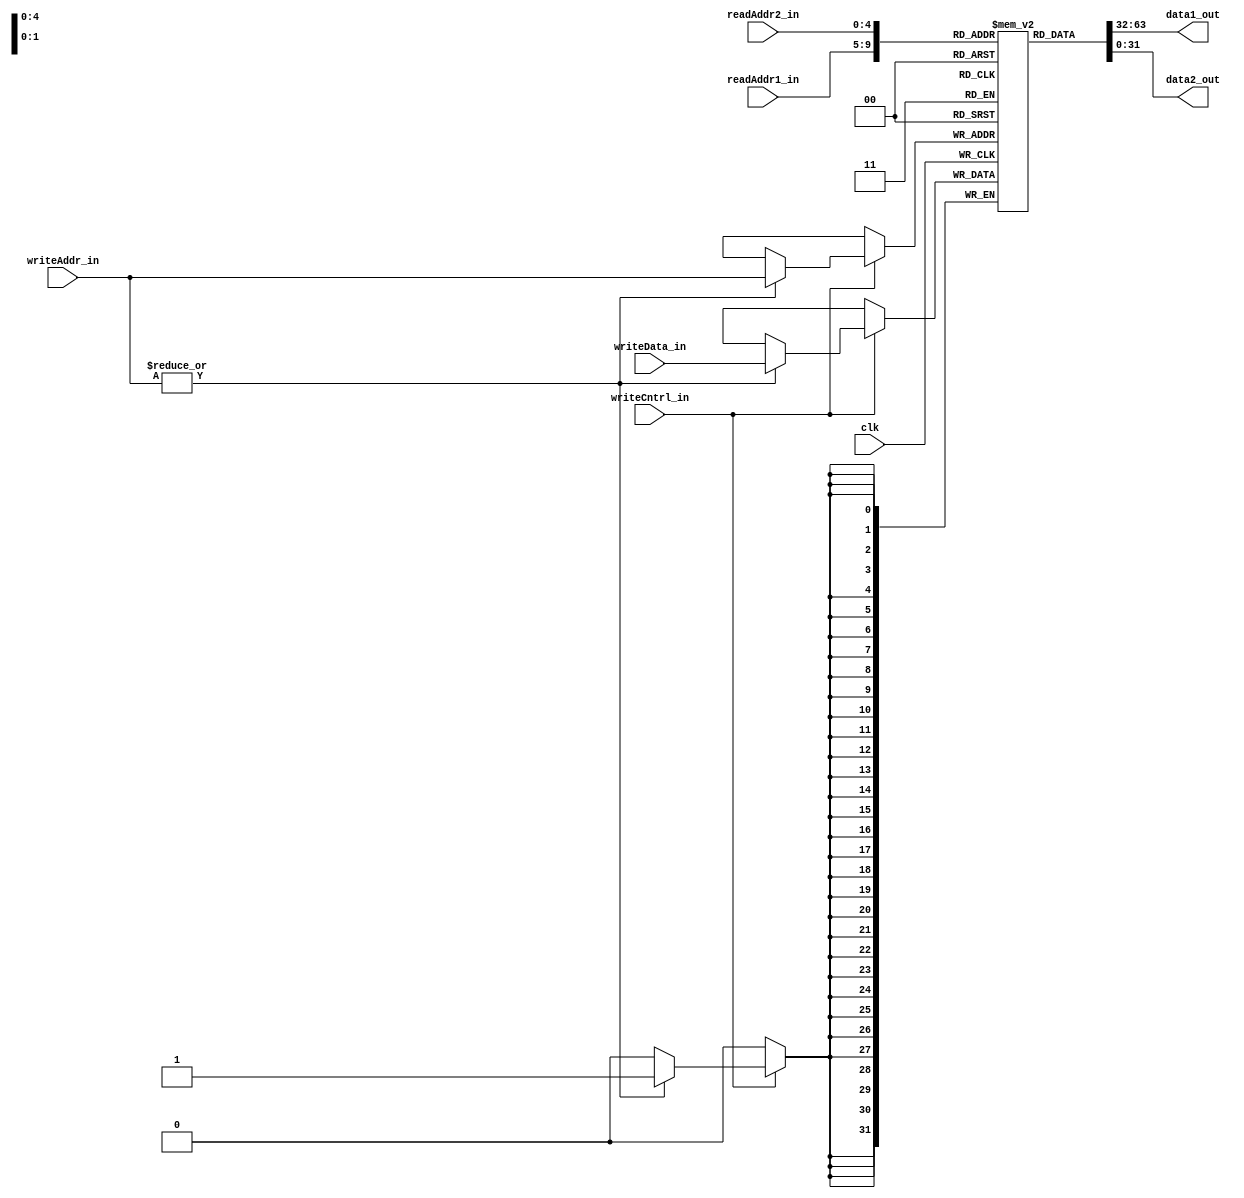
////////////////////////////////////////////////////////////////////
//  Module       : REGFILE
//  Description  : MIPS register file
//   
//

module REG_FILE
  (
   data1_out,
   data2_out,
   
   clk,    
   readAddr1_in,
   readAddr2_in,
   writeAddr_in,
   writeData_in,
   writeCntrl_in
   );
	
   // Delay to do a register read or write
   parameter reg_delay = 5;	

   input 	 clk;
   input [4:0] 	 readAddr1_in, readAddr2_in, writeAddr_in;
   input [31:0]  writeData_in;	
   input 	 writeCntrl_in;

   output [31:0] data1_out, data2_out;
   reg [31:0] 	 data1_out, data2_out;			
   
   reg [31:0] 	 reg_array[0:31];
   
   initial 
     begin
	reg_array[0] = 32'b0;
     end 
  
   always@(readAddr1_in, readAddr2_in, reg_array[readAddr1_in], reg_array[readAddr2_in])
     begin
	#reg_delay;
	data1_out = reg_array[readAddr1_in];
	data2_out = reg_array[readAddr2_in];
     end
   
   always@(posedge clk)
     begin
	#reg_delay;
	if(writeCntrl_in)
	  begin
	     if(|writeAddr_in)
	       reg_array[writeAddr_in] = writeData_in;
	  end
     end // always@ (posedge clk)
   
endmodule